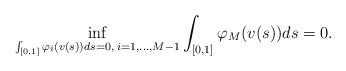
LaTeX: \begin{align*}\inf_{\int_{[0,1]}\varphi_{i}(v(s))ds=0,\; i=1,\dots,M-1}\int_{[0,1]}\varphi_{M}(v(s))ds=0.\end{align*}